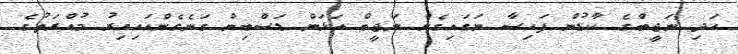
އަދި ނަޖީބްގެ ކާޑުން ފައިސާ ނަގައިގެން ނަޖީބް އަޅަން ޑަސްބިން ގަނެގެންއައިއިރު މުއްރަތުގެ